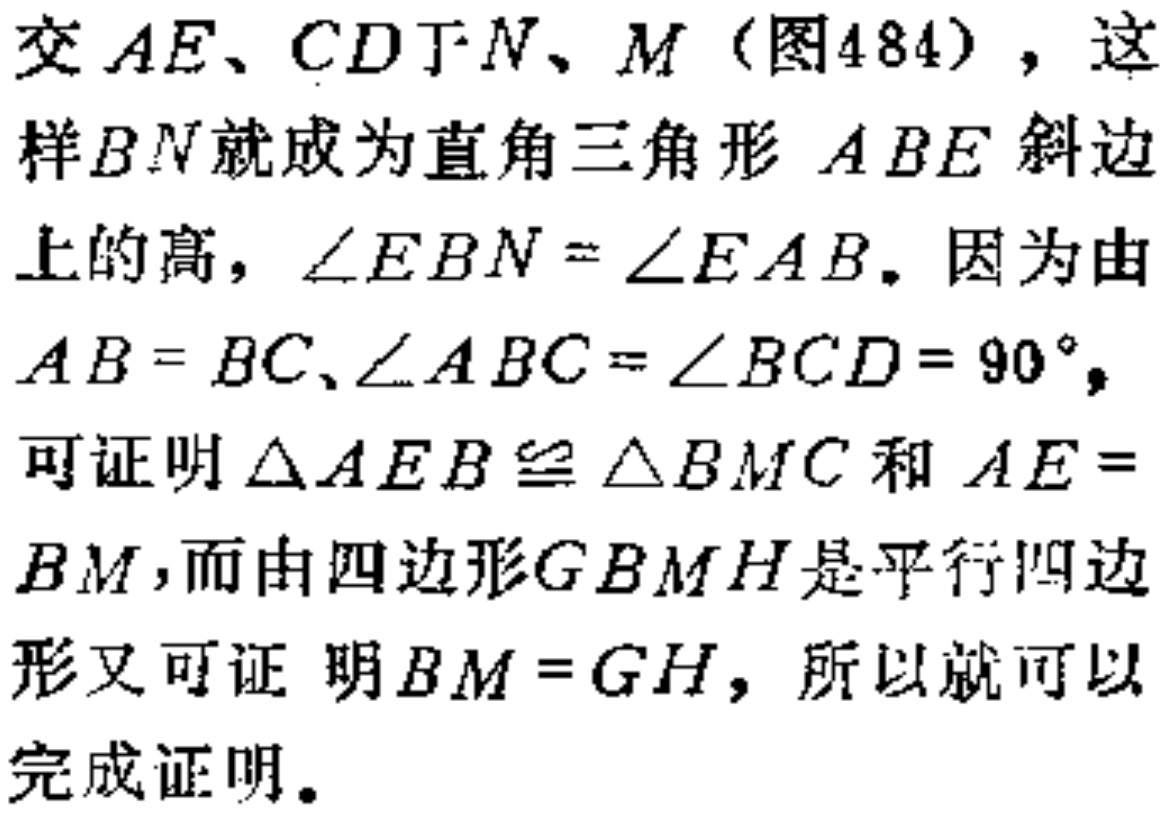
交\(AE、CD\)于\(N、M\)（图484），这样\(BN\)就成为直角三角形 \(ABE\)斜边上的高，\(\angle EBN = \angle EAB\)。因为由\(AB = BC,\angle ABC = \angle BCD = 90^{\circ}\)，可证明\(\triangle AEB\cong \triangle BMC\)和 \(AE = BM\)，而由四边形\(GBMH\)是平行四边形又可证 明\(BM = GH\)，所以就可以完成证明。